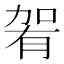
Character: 𱐴